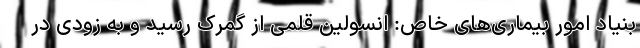
بنیاد امور بیماری‌های خاص: انسولین قلمی از گمرک رسید و به زودی در